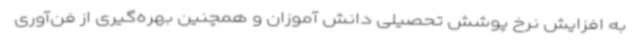
به افزایش نرخ پوشش تحصیلی دانش آموزان و همچنین بهره‌گیری از فن‌آوری